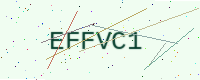
Text: EFFVC1